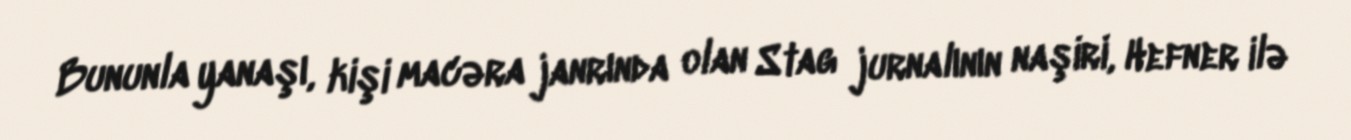
Bununla yanaşı, kişi macəra janrında olan Stag jurnalının naşiri, Hefner ilə